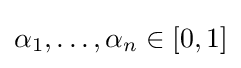
\alpha _{1},\dotsc ,\alpha _{n}\in [0,1]